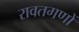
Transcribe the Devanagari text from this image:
रावतगणों